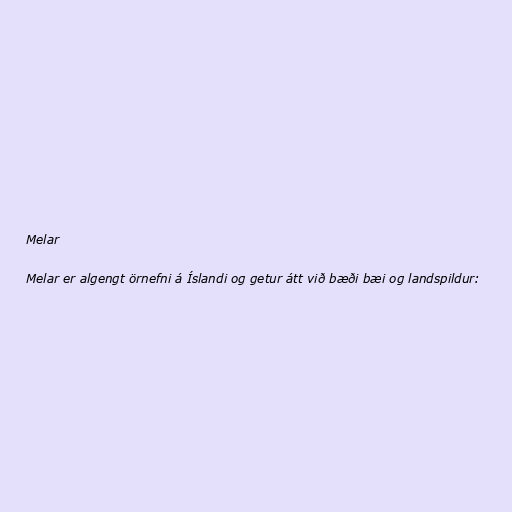
Melar

Melar er algengt örnefni á Íslandi og getur átt við bæði bæi og landspildur: